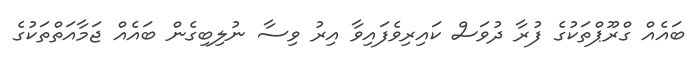
ބައެއް ގްރޫޕްތަކުގެ ފުރާ ދުވަސް ކައިރިވެފައިވާ އިރު ވިސާ ނުލިބިގެން ބައެއް ޖަމާއަތްތަކުގެ